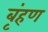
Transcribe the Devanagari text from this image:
बृंहण